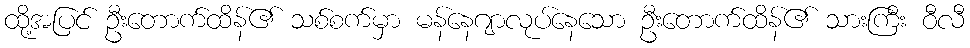
ထို့အပြင် ဦးတောက်ထိန်၏ သစ်စက်မှာ မန်နေဂျာလုပ်နေသော ဦးတောက်ထိန်၏ သားကြီး ဝီလီ